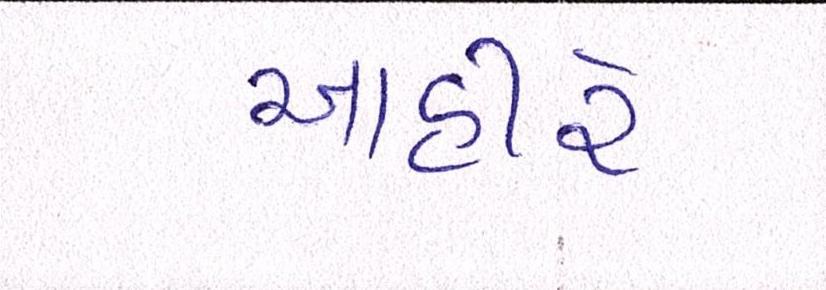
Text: આહીરે